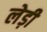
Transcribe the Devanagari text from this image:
लेड़ी